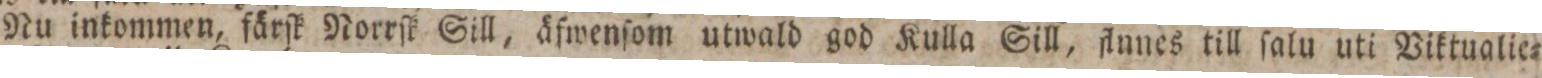
Nu inkommen, färſk Norrſk Sill, äfwenſom utwald god Kulla Sill, flunes till ſalu uti Viktualie=